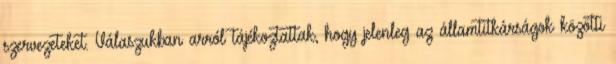
szervezeteket. Válaszukban arról tájékoztattak, hogy jelenleg az államtitkárságok közötti